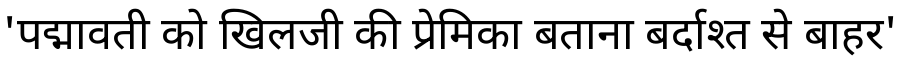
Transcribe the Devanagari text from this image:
'पद्मावती को खिलजी की प्रेमिका बताना बर्दाश्त से बाहर'